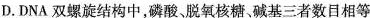
D.DNA双螺旋结构中，磷酸，脱氧核糖、碱基三者数目相等